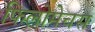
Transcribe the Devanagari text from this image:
फिलोमेचस